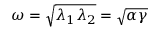
\omega = { \sqrt { \lambda _ { 1 } \lambda _ { 2 } } } = { \sqrt { \alpha \gamma } }